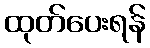
ထုတ်ပေးရန်